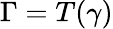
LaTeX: \Gamma=T(\gamma)